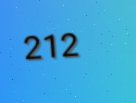
212